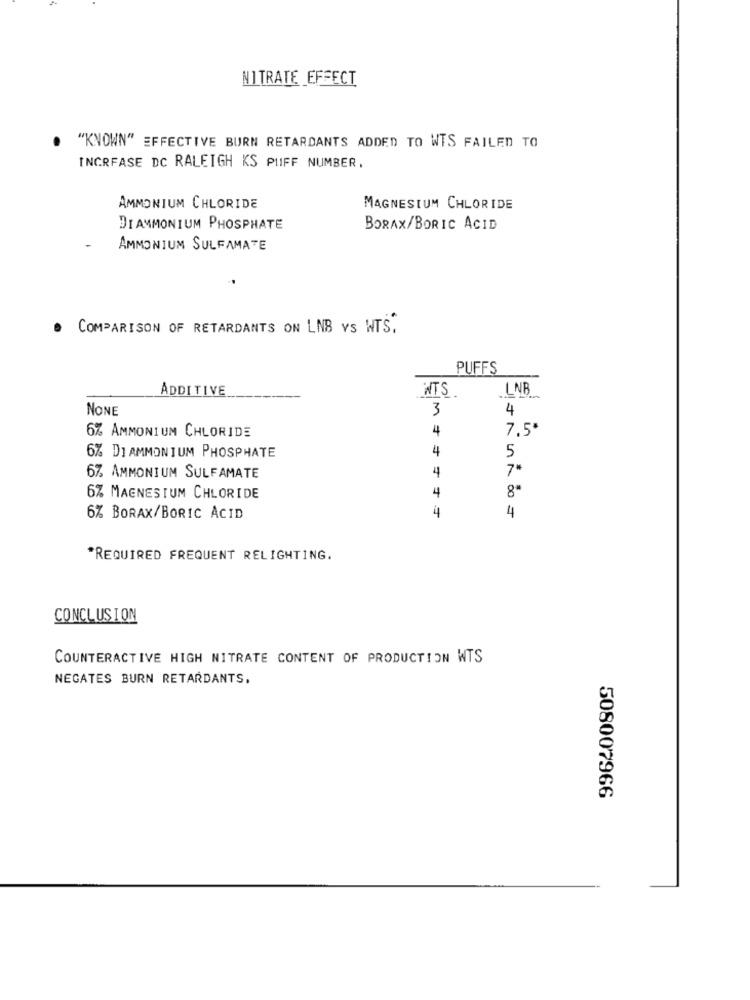
NITRATE EFFECT
"KNOWN" EFFECTIVE BURN RETARDANTS ADDED TO WTS FAILED TO
INCRFASE DC RALEIGH KS PUFF NUMBER,
AMMONIUM CHLORIDE
MAGNESIUM CHLORIDE
DIAMMONIUM PHOSPHATE
BORAX/BORIC ACID
AMMONIUM SULFAMATE
COMPARISON OF RETARDANTS ON LNB vs WTS.
PUFFS
ÅDDITIVE
WTS
LNB
NONE
3
4
4
7,5'
6% AMMONIUM CHLORIDE
4
6% DI AMMONIUM PHOSPHATE
5
4
7'
6%, AMMONIUM SULFAMATE
4
8"
6% MAGNESIUM CHLORIDE
4
4
6% BORAX/BORIC ACID
*REQUIRED FREQUENT RELIGHTING.
CONCLUSION
COUNTERACTIVE HIGH NITRATE CONTENT OF PRODUCTION WTS
NEGATES BURN RETARDANTS,
508007966